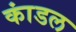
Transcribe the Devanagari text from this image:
कांडल